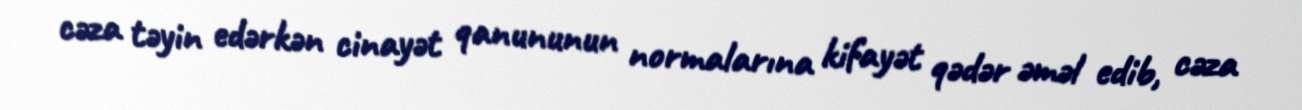
cəza təyin edərkən cinayət qanununun normalarına kifayət qədər əməl edib, cəza